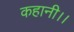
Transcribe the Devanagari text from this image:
कहानी।।